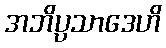
အဘိပ္ပသာဒေဟိ